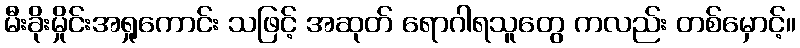
မီးခိုးမှိုင်းအရှုကောင်း သဖြင့် အဆုတ် ရောဂါရသူတွေ ကလည်း တစ်မှောင့်။